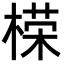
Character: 㮠